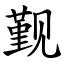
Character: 觐